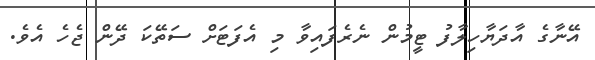
އޭނާގެ އާދަޔާހިލާފު ޓީމުން ނެރެފައިވާ މި އެފަޓަށް ސަތޭކަ ދޭން ޖެހެ އެވެ.